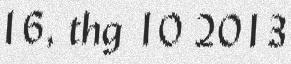
16, thg 10 2013